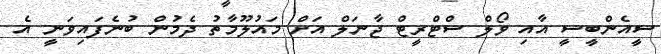
ސީއެންބީސީ އާއި ވޯލް ސްޓްރީޓް ޖާނަލް އަށް މައުލޫމާތު ދެމުން ބުނެފައިވަނީ އެ